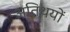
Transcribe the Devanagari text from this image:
अतिथयों